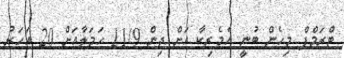
ޓްރަމްޕް މިހެން ބުނީ އެމެރިކާ އަށް ދިން 11/9 ހަމަލާއަށް 20 އަހަރު